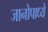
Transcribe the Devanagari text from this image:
जानोपाध्ये